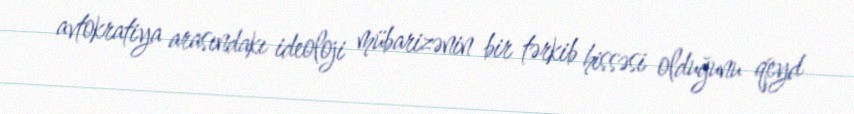
avtokratiya arasındakı ideoloji mübarizənin bir tərkib hissəsi olduğunu qeyd